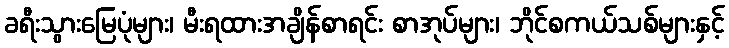
ခရီးသွားမြေပုံများ၊ မီးရထားအချိန်စာရင်း စာအုပ်များ၊ ဘိုင်စကယ်သစ်များနှင့်